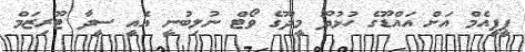
ޕީޕީއެމް އަށް އައްޑޫގެ ހުޅުދޫ މީދޫގެ ވޯޓް ނުލިބުނީ އެއީ ސީދާ ޓޫރިޒަމް